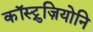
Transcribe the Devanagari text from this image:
कॉस्ट्रुज़ियोनि